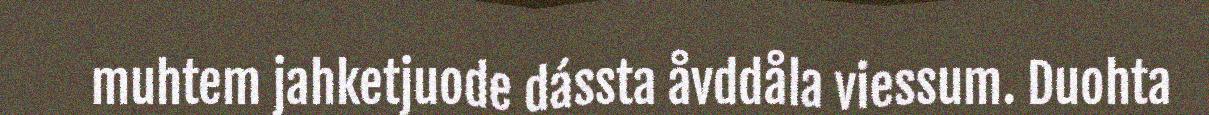
muhtem jahketjuode dássta åvddåla viessum. Duohta